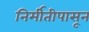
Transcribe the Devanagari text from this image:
निर्मीतीपासून